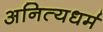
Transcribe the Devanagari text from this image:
अनित्यधर्म